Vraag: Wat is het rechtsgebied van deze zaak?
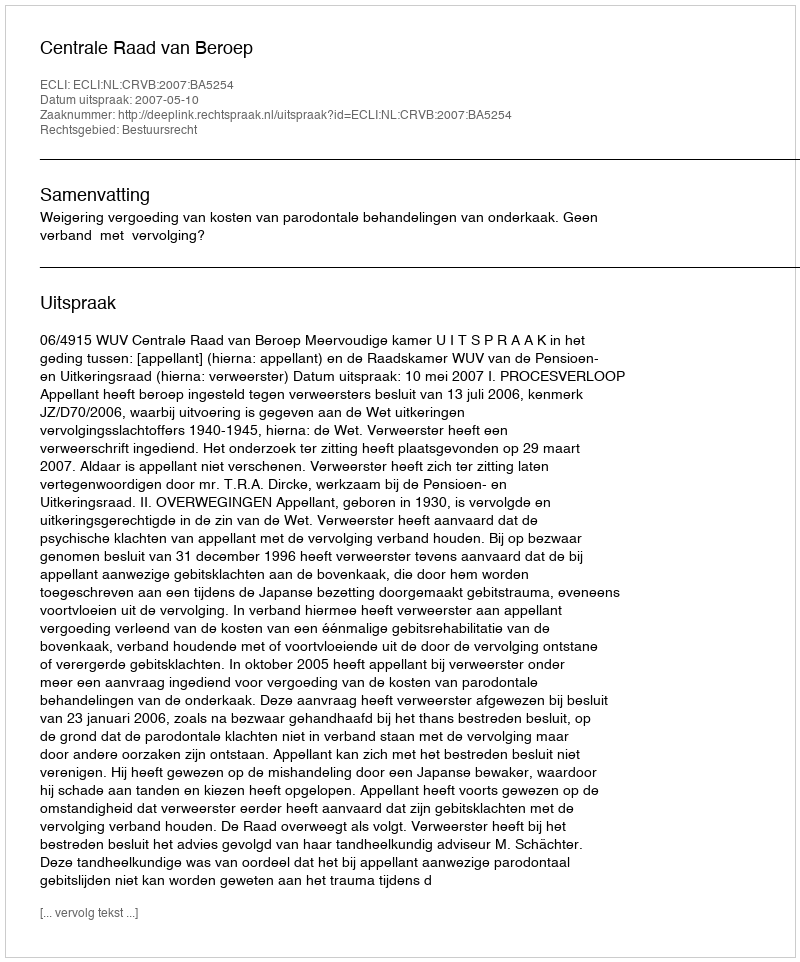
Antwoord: Bestuursrecht